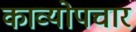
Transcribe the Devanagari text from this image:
काव्योपचार